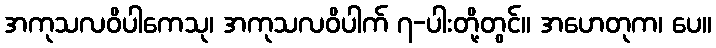
အကုသလဝိပါကေသု၊ အကုသလဝိပါက် ၇-ပါးတို့တွင်။ အဟေတုက၊ ပေ။